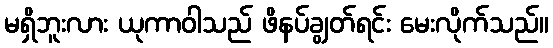
မရှိဘူးလား ယုကာဝါသည် ဖိနပ်ချွတ်ရင်း မေးလိုက်သည်။